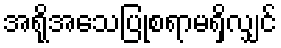
အရိုအသေပြုစရာမရှိလျှင်